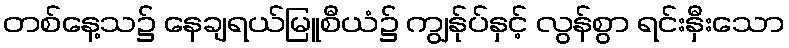
တစ်နေ့သ၌ နေချရယ်မြူစီယံ၌ ကျွန်ုပ်နှင့် လွန်စွာ ရင်းနှီးသော